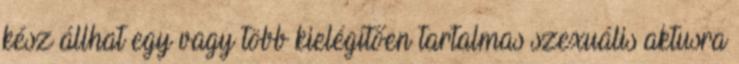
kész állhat egy vagy több kielégítően tartalmas szexuális aktusra